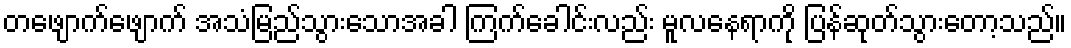
တဖျောက်ဖျောက် အသံမြည်သွားသောအခါ ကြက်ခေါင်းလည်း မူလနေရာကို ပြန်ဆုတ်သွားတော့သည်။